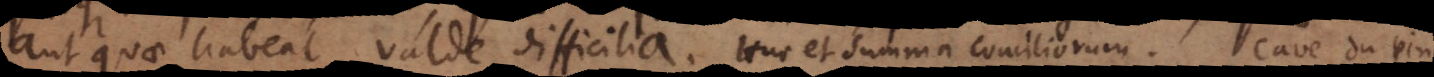
aut quae habeat valde difficilia. Huc et summa conciliorum. Cave, du Pin.